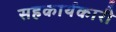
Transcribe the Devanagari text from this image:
सहकार्यकारी